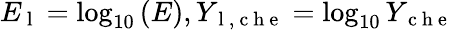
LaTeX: E_{\mathrm{~l~}}=\log_{10}\left(E\right),Y_{\mathrm{~l~,~c~h~e~}}=\log_{10}Y_{\mathrm{~c~h~e~}}